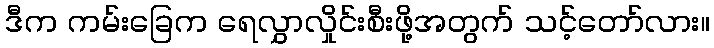
ဒီက ကမ်းခြေက ရေလွှာလှိုင်းစီးဖို့အတွက် သင့်တော်လား။